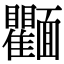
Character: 𩉘